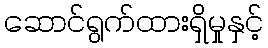
ဆောင်ရွက်ထားရှိမှုနှင့်